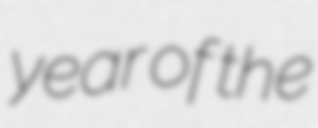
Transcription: year of the